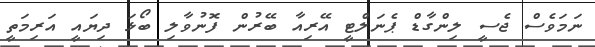
ނަމަވެސް ޖެސީ ލިންގާޑް ޕެނަލްޓީ އޭރިއާ ބޭރުން ފޮނުވާލި ބޯޅަ ދިޔައީ އަރިމަތީ